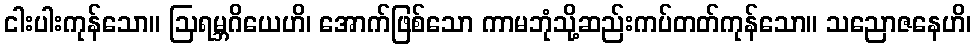
ငါးပါးကုန်သော။ ဩရမ္ဘဂိယေဟိ၊ အောက်ဖြစ်သော ကာမဘုံသို့ဆည်းကပ်တတ်ကုန်သော။ သညောဇနေဟိ၊